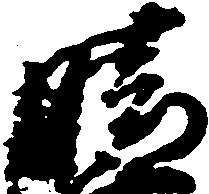
晴